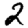
Digit: 2